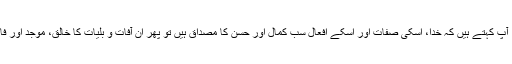
دوسرا سؤال: آپ کہتے ہیں کہ خدا، اسکی صفات اور اسکے افعال سب کمال اور حسن کا مصداق ہیں تو پھر ان آفات و بلیات کا خالق، موجد اور فاعل کون ہے۔